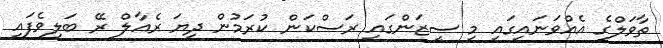
ތާވަލްގެ އެއްވަނައިގައި މި ސީޒަންގައި ރަސްކަން ކުރަމުން ދިޔަ ރެއާލް ރޭ ބަލިވެފައި